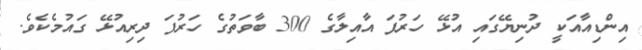
އިންޑިއާއަކީ ދުނިޔޭގައި އުޅޭ ހަރުފަ އާއިލާގެ 300 ބާވަތުގެ ހަރުފަ ދިރިއުޅޭ ގައުމެކެވެ.